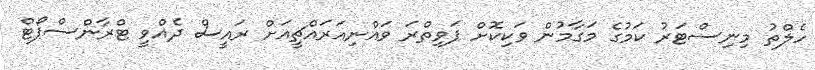
ހެލްތު މިނިސްޓަރު ކަމުގެ މަގާމުން ވަކިކޮށް ޕަވިތްރަ ވައްނިއަރައްޗީއަށް ރައީސް ދެއްވީ ޓްރާންސްޕޯޓް